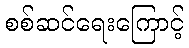
စစ်ဆင်ရေးကြောင့်